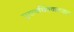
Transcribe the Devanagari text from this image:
गुणवर्धितवातजात